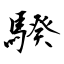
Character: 騤